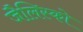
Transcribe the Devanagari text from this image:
जैलिस्को